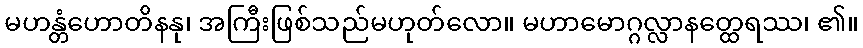
မဟန္တံဟောတိနနု၊ အကြီးဖြစ်သည်မဟုတ်လော။ မဟာမောဂ္ဂလ္လာနတ္ထေရဿ၊ ၏။